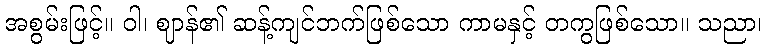
အစွမ်းဖြင့်။ ဝါ၊ ဈာန်၏ ဆန့်ကျင်ဘက်ဖြစ်သော ကာမနှင့် တကွဖြစ်သော။ သညာ၊